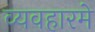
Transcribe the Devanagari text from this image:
व्यवहारमे